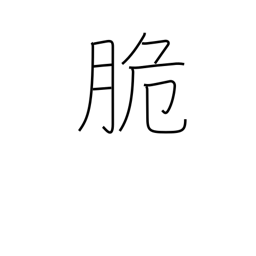
Meaning: easy to beat